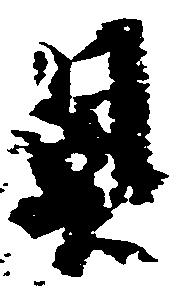
具